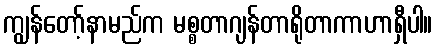
ကျွန်တော့်နာမည်က မစ္စတာဂျန်တာရိုတာကာဟာရှီပါ။